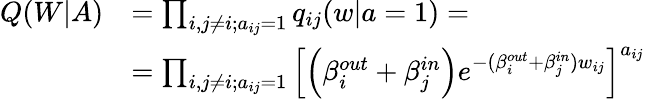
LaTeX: \begin{array}{rl}{Q(W|A)}&{=\prod_{i,j\neq i;a_{ij}=1}q_{ij}(w|a=1)=}\\ &{=\prod_{i,j\neq i;a_{ij}=1}\left[\left(\beta_{i}^{out}+\beta_{j}^{in}\right)e^{-(\beta_{i}^{out}+\beta_{j}^{in})w_{ij}}\right]^{a_{ij}}}\end{array}